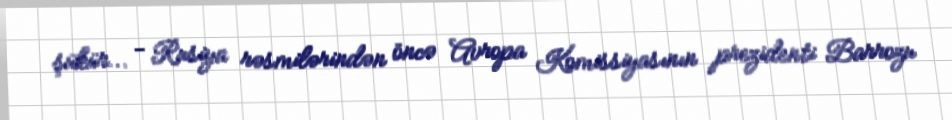
şükür... - Rusiya rəsmilərindən öncə Avropa Komissiyasının prezidenti Barrozu